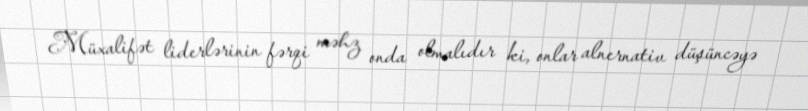
Müxalifət liderlərinin fərqi məhz onda olmalıdır ki, onlar alnernativ düşüncəyə